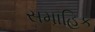
સમાહિક